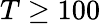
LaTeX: T\geq 100